Annual report on vaccination in Mysore, 1878-1879 - 1878-1879
Year: 1878
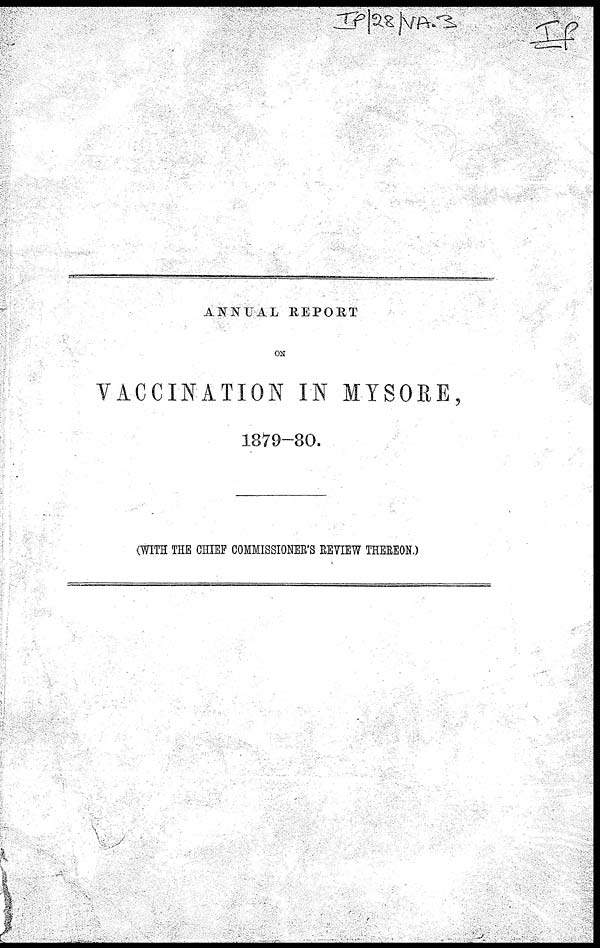
ANNUAL REPORT
ON
VACCINATION IN MYSORE,
1879-80.
(WITH THE CHIEF COMMISSIONER'S REVIEW THEREON.)